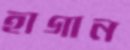
হাগান